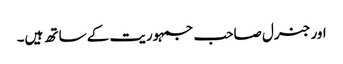
اور جنرل صاحب جمہوریت کے ساتھ ہیں۔